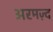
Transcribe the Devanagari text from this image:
अरमज़्द